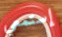
إستمعي